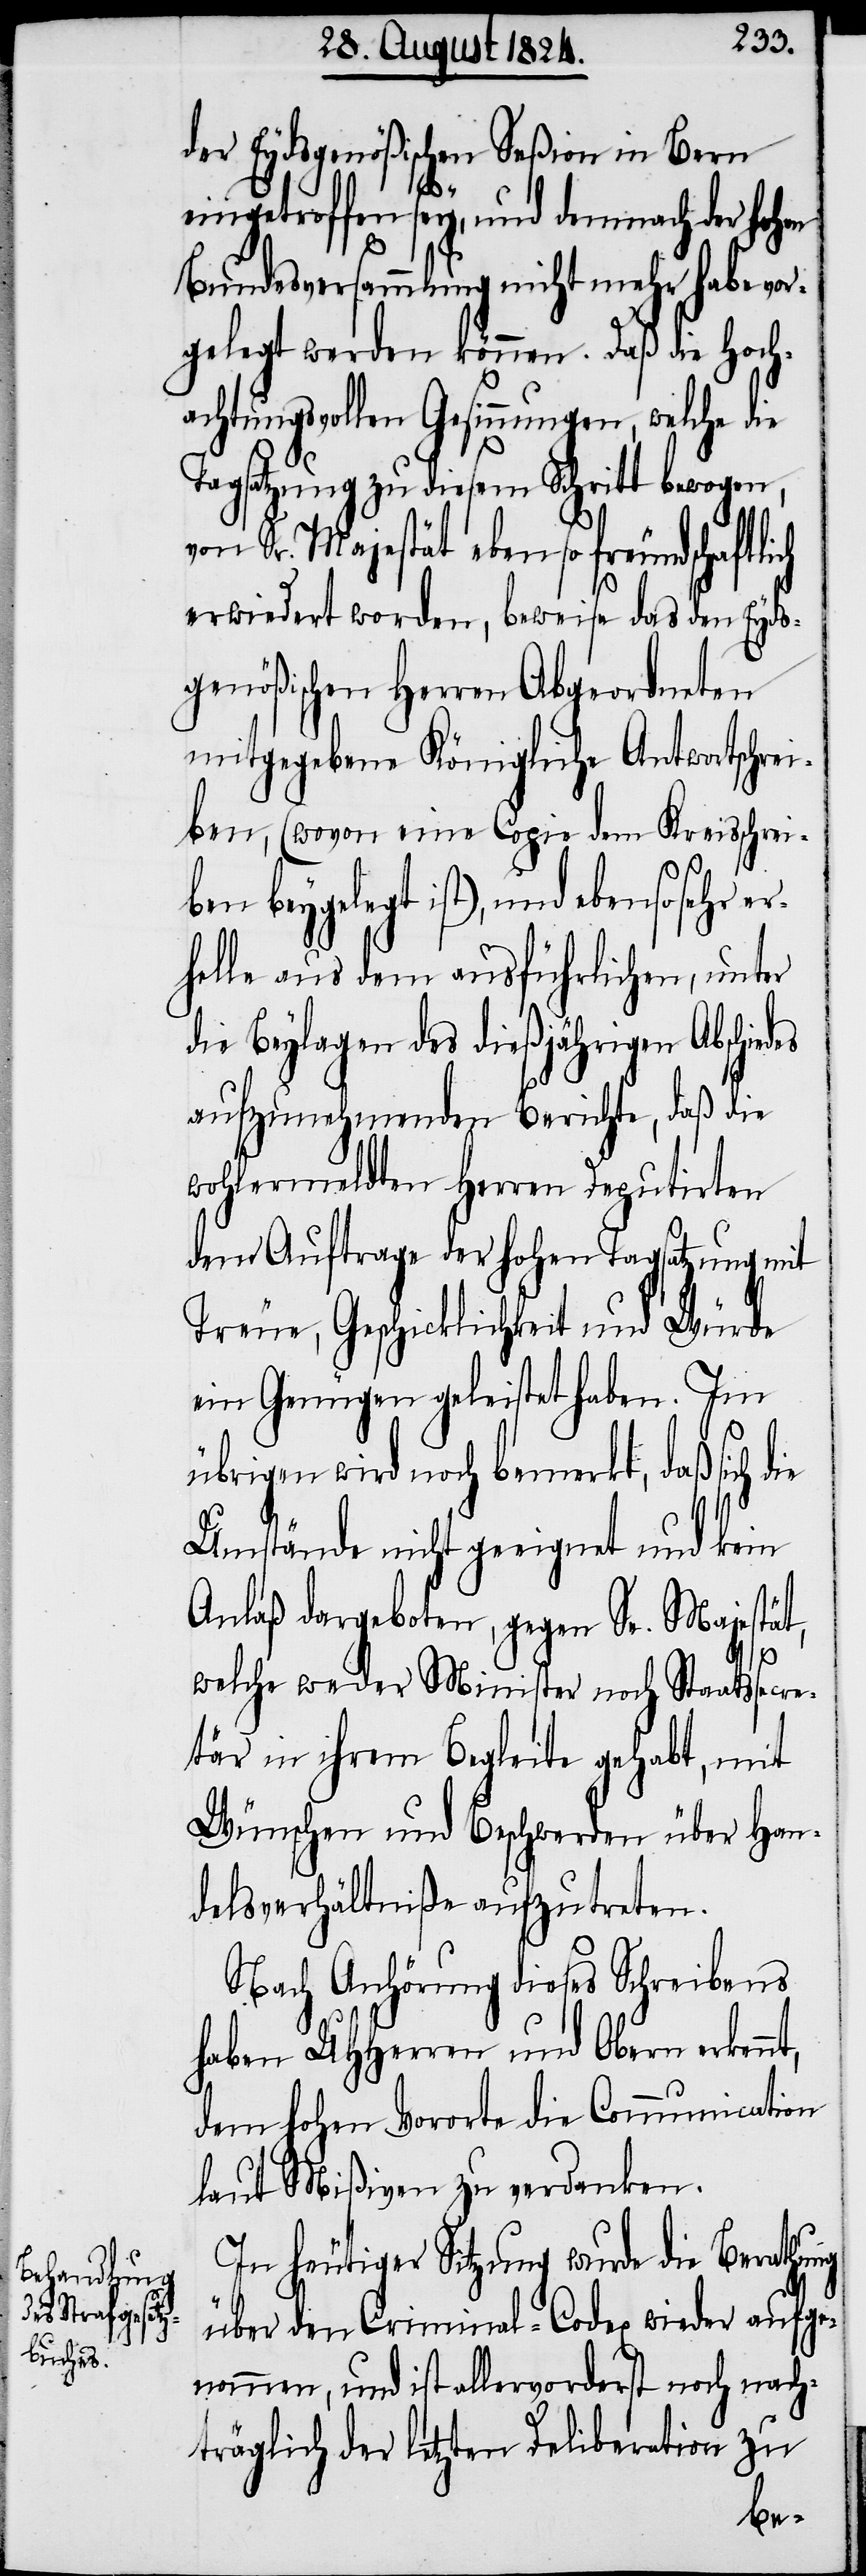
der Eydsgenößischen Seßion in Bern
eingetroffen sey, und demnach der hohen
Bundesversammlung nicht mehr habe vo¬
rgelegt werden können. Daß die Hoch¬
achtungsvollen Gesinnungen, welche die
Tagsatzung zu diesem Schritt bewogen,
von Sr. Majestät ebenso freundschaftli¬
erwiedert worden, beweise das den Eyds¬
genößischen Herren Abgeordneten
mitgegebene Königliche Antwortschrei¬
ben, (wovon eine Copie dem Kreisschrei¬
t,
ben beygelegt ist), und ebensosehr er¬
helle aus dem ausführlichen, unter
die Beylagen des dießjährigen Abschie¬
aufzunehmenden Berichte, daß die
wohlermeldten Herren Deputirten
dem Auftrage der hohen Tagsatzung mit
Treue, Geschicklichkeit und Würde
ein Genügen geleistet haben. Im
übrigen wird noch bemerkt, daß sich d¬
Umstände nicht geeignet und kein
Anlaß dargeboten, gegen Se. Majestät,
welche weder Minister noch Staatssecre¬
tär in ihrem Begleite gehabt, mit
Wünschen und Beschwerden über Han¬
delsverhältniße aufzutreten.
Nach Anhörung dieses Schreibens
haben UHHerren und Obern erkenn¬
dem hohen Vororte die Communication
laut Mißiven zu verdanken.
In heutiger Sitzung wurde die Berathung
über den Criminal-Codex wieder aufge¬
nommen, und ist allervorderst noch nach¬
träglich der letzten Deliberation zu